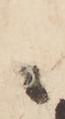
候